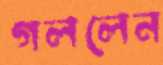
গললেন